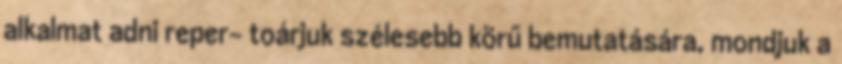
alkalmat adni reper- toárjuk szélesebb körű bemutatására, mondjuk a